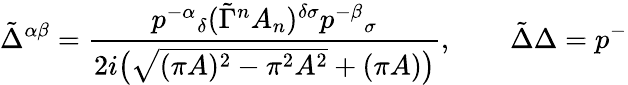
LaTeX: \tilde{\Delta}^{\alpha\beta}=\frac{p^{-\alpha}{}_{\delta}(\tilde{\Gamma}^{n}A_{n})^{\delta\sigma}p^{-\beta}{}_{\sigma}}{2i\big(\sqrt{(\pi A)^{2}-\pi^{2}A^{2}}+(\pi A)\big)},\qquad\tilde{\Delta}\Delta=p^{-}